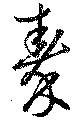
秦